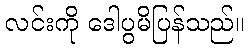
လင်းကို ဒေါပွမိပြန်သည်။